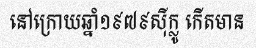
នៅក្រោយឆ្នាំ១៩៧៩ស៊ីក្លូ កើតមាន